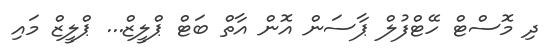
ދި މޮސްޓް ހޭޓްފުލް ޕާސަން އޮން އާތް ބަޓް ޕްލީޒް... ޕްލީޒް މައި